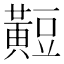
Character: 𪏄